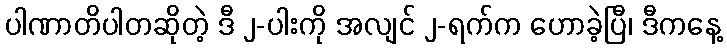
ပါဏာတိပါတဆိုတဲ့ ဒီ ၂-ပါးကို အလျင် ၂-ရက်က ဟောခဲ့ပြီ၊ ဒီကနေ့